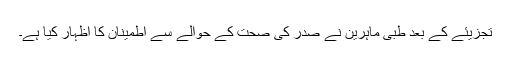
تجزیئے کے بعد طبی ماہرين نے صدر کی صحت کے حوالے سے اطمينان کا اظہار کيا ہے۔